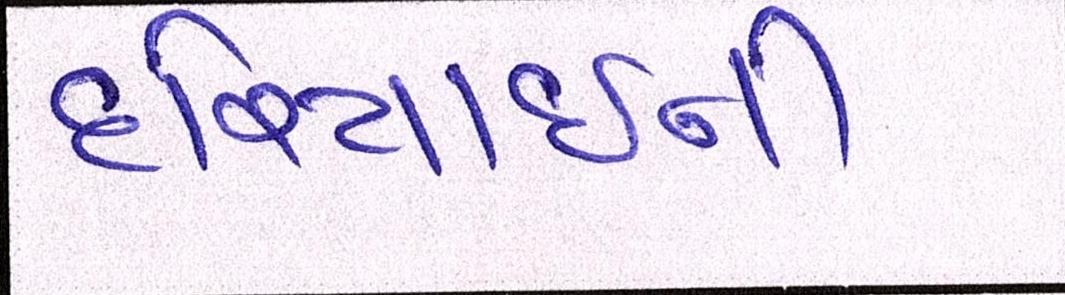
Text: દરિયાઈની